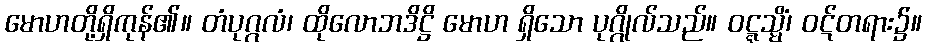
မောဟတို့ရှိကုန်၏။ တံပုဂ္ဂလံ၊ ထိုလောဘဒိဋ္ဌိ မောဟ ရှိသော ပုဂ္ဂိုလ်သည်။ ဝဋ္ဋသ္မိံ၊ ဝဋ်တရား၌။